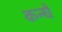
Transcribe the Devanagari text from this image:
कन्घे